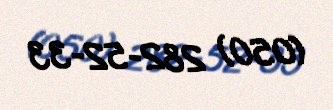
(050) 282-52-33